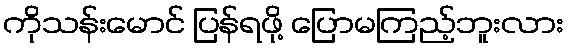
ကိုသန်းမောင် ပြန်ရဖို့ ပြောမကြည့်ဘူးလား